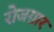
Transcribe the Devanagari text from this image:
रोजग़ार